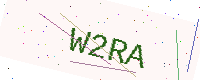
Text: W2RA